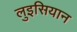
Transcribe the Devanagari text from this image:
लुइसियान